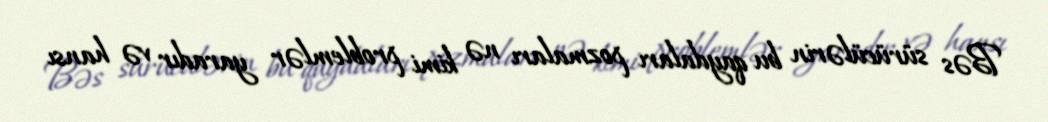
Bəs sürücülərin bu qaydaları pozmaları nə kimi problemlər yaradır və hansı